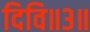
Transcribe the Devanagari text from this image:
दिवि॥३॥